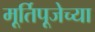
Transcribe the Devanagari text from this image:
मूर्तिपूजेच्या